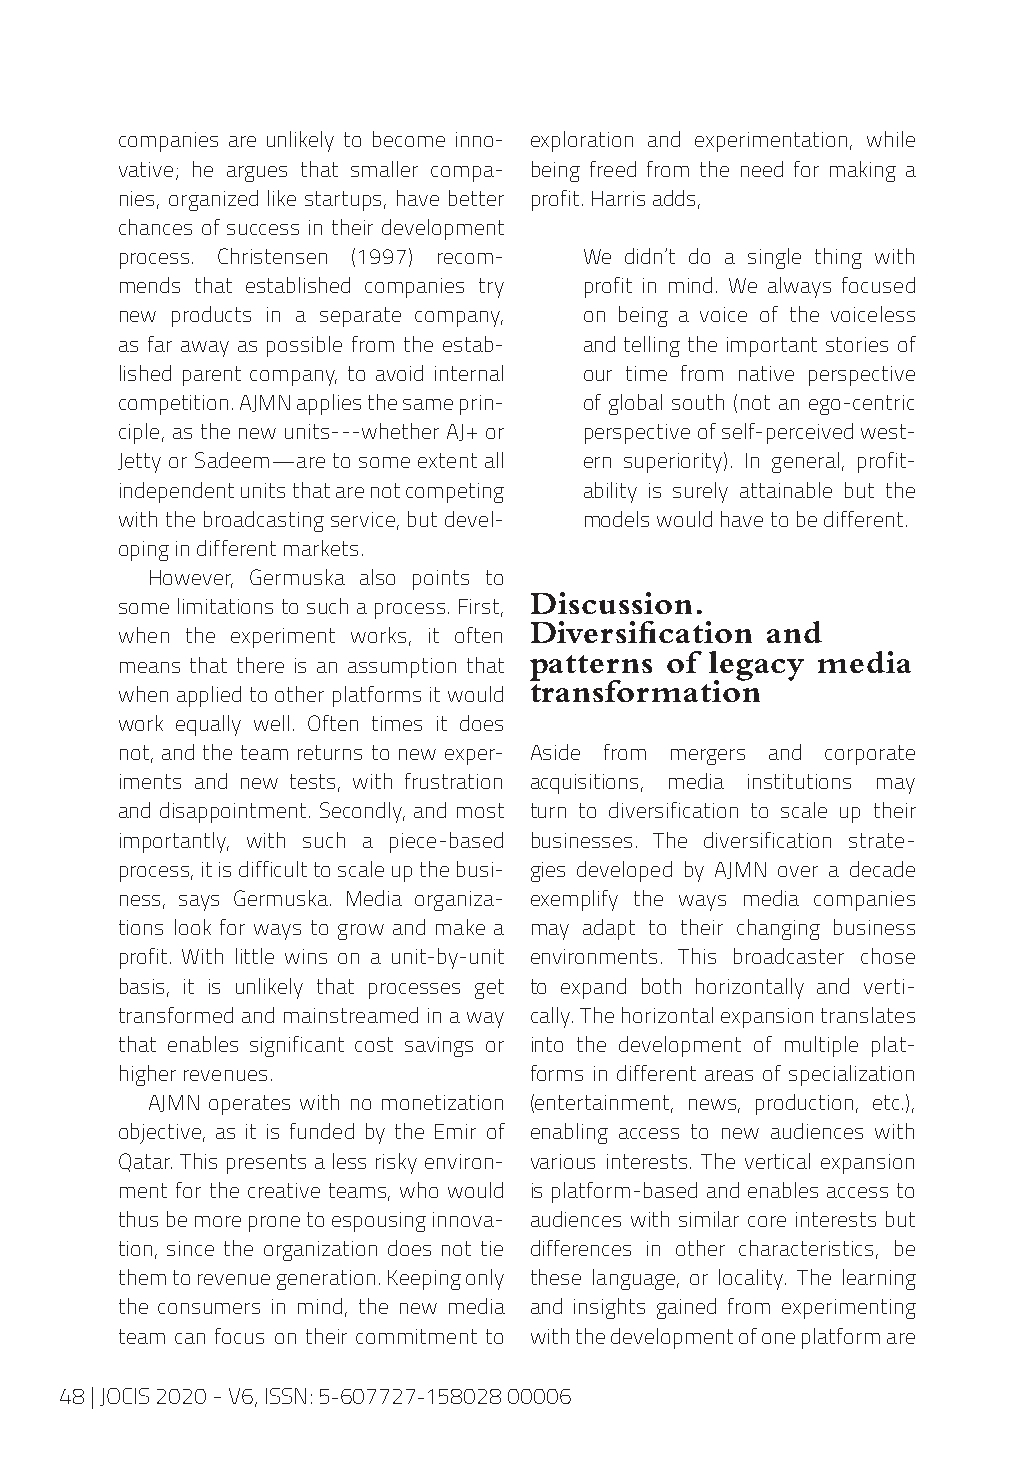
companies are unlikely to become inno- exploration and experimentation, while
 vative; he argues that smaller compa- being freed from the need for making a
 nies, organized like startups, have better profit. Harris adds,
 chances of success in their development
 process. Christensen (1997) recom- We didn’t do a single thing with
 mends that established companies try profit in mind. We always focused
 new products in a separate company, on being a voice of the voiceless
 as far away as possible from the estab- and telling the important stories of
 lished parent company, to avoid internal our time from native perspective
 competition. AJMN applies the same prin- of global south (not an ego-centric
 ciple, as the new units---whether AJ+ or perspective of self-perceived west-
 Jetty or Sadeem—are to some extent all ern superiority). In general, profit-
 independent units that are not competing ability is surely attainable but the
 with the broadcasting service, but devel- models would have to be different.
 oping in different markets.
 However, Germuska also points to
 Discussion.
 some limitations to such a process. First,
 Diversification and
 when the experiment works, it often
 patterns of legacy media
 means that there is an assumption that
 transformation
 when applied to other platforms it would
 work equally well. Often times it does
 not, and the team returns to new exper- Aside from mergers and corporate
 iments and new tests, with frustration acquisitions, media institutions may
 and disappointment. Secondly, and most turn to diversification to scale up their
 importantly, with such a piece-based businesses. The diversification strate-
 process, it is difficult to scale up the busi- gies developed by AJMN over a decade
 ness, says Germuska. Media organiza- exemplify the ways media companies
 tions look for ways to grow and make a may adapt to their changing business
 profit. With little wins on a unit-by-unit environments. This broadcaster chose
 basis, it is unlikely that processes get to expand both horizontally and verti-
 transformed and mainstreamed in a way cally. The horizontal expansion translates
 that enables significant cost savings or into the development of multiple plat-
 higher revenues.           forms in different areas of specialization
 AJMN operates with no monetization (entertainment, news, production, etc.),
 objective, as it is funded by the Emir of enabling access to new audiences with
 Qatar. This presents a less risky environ- various interests. The vertical expansion
 ment for the creative teams, who would is platform-based and enables access to
 thus be more prone to espousing innova- audiences with similar core interests but
 tion, since the organization does not tie differences in other characteristics, be
 them to revenue generation. Keeping only these language, or locality. The learning
 the consumers in mind, the new media and insights gained from experimenting
 team can focus on their commitment to with the development of one platform are
 48 | JOCIS 2020 - V6, ISSN: 5-607727-158028 00006